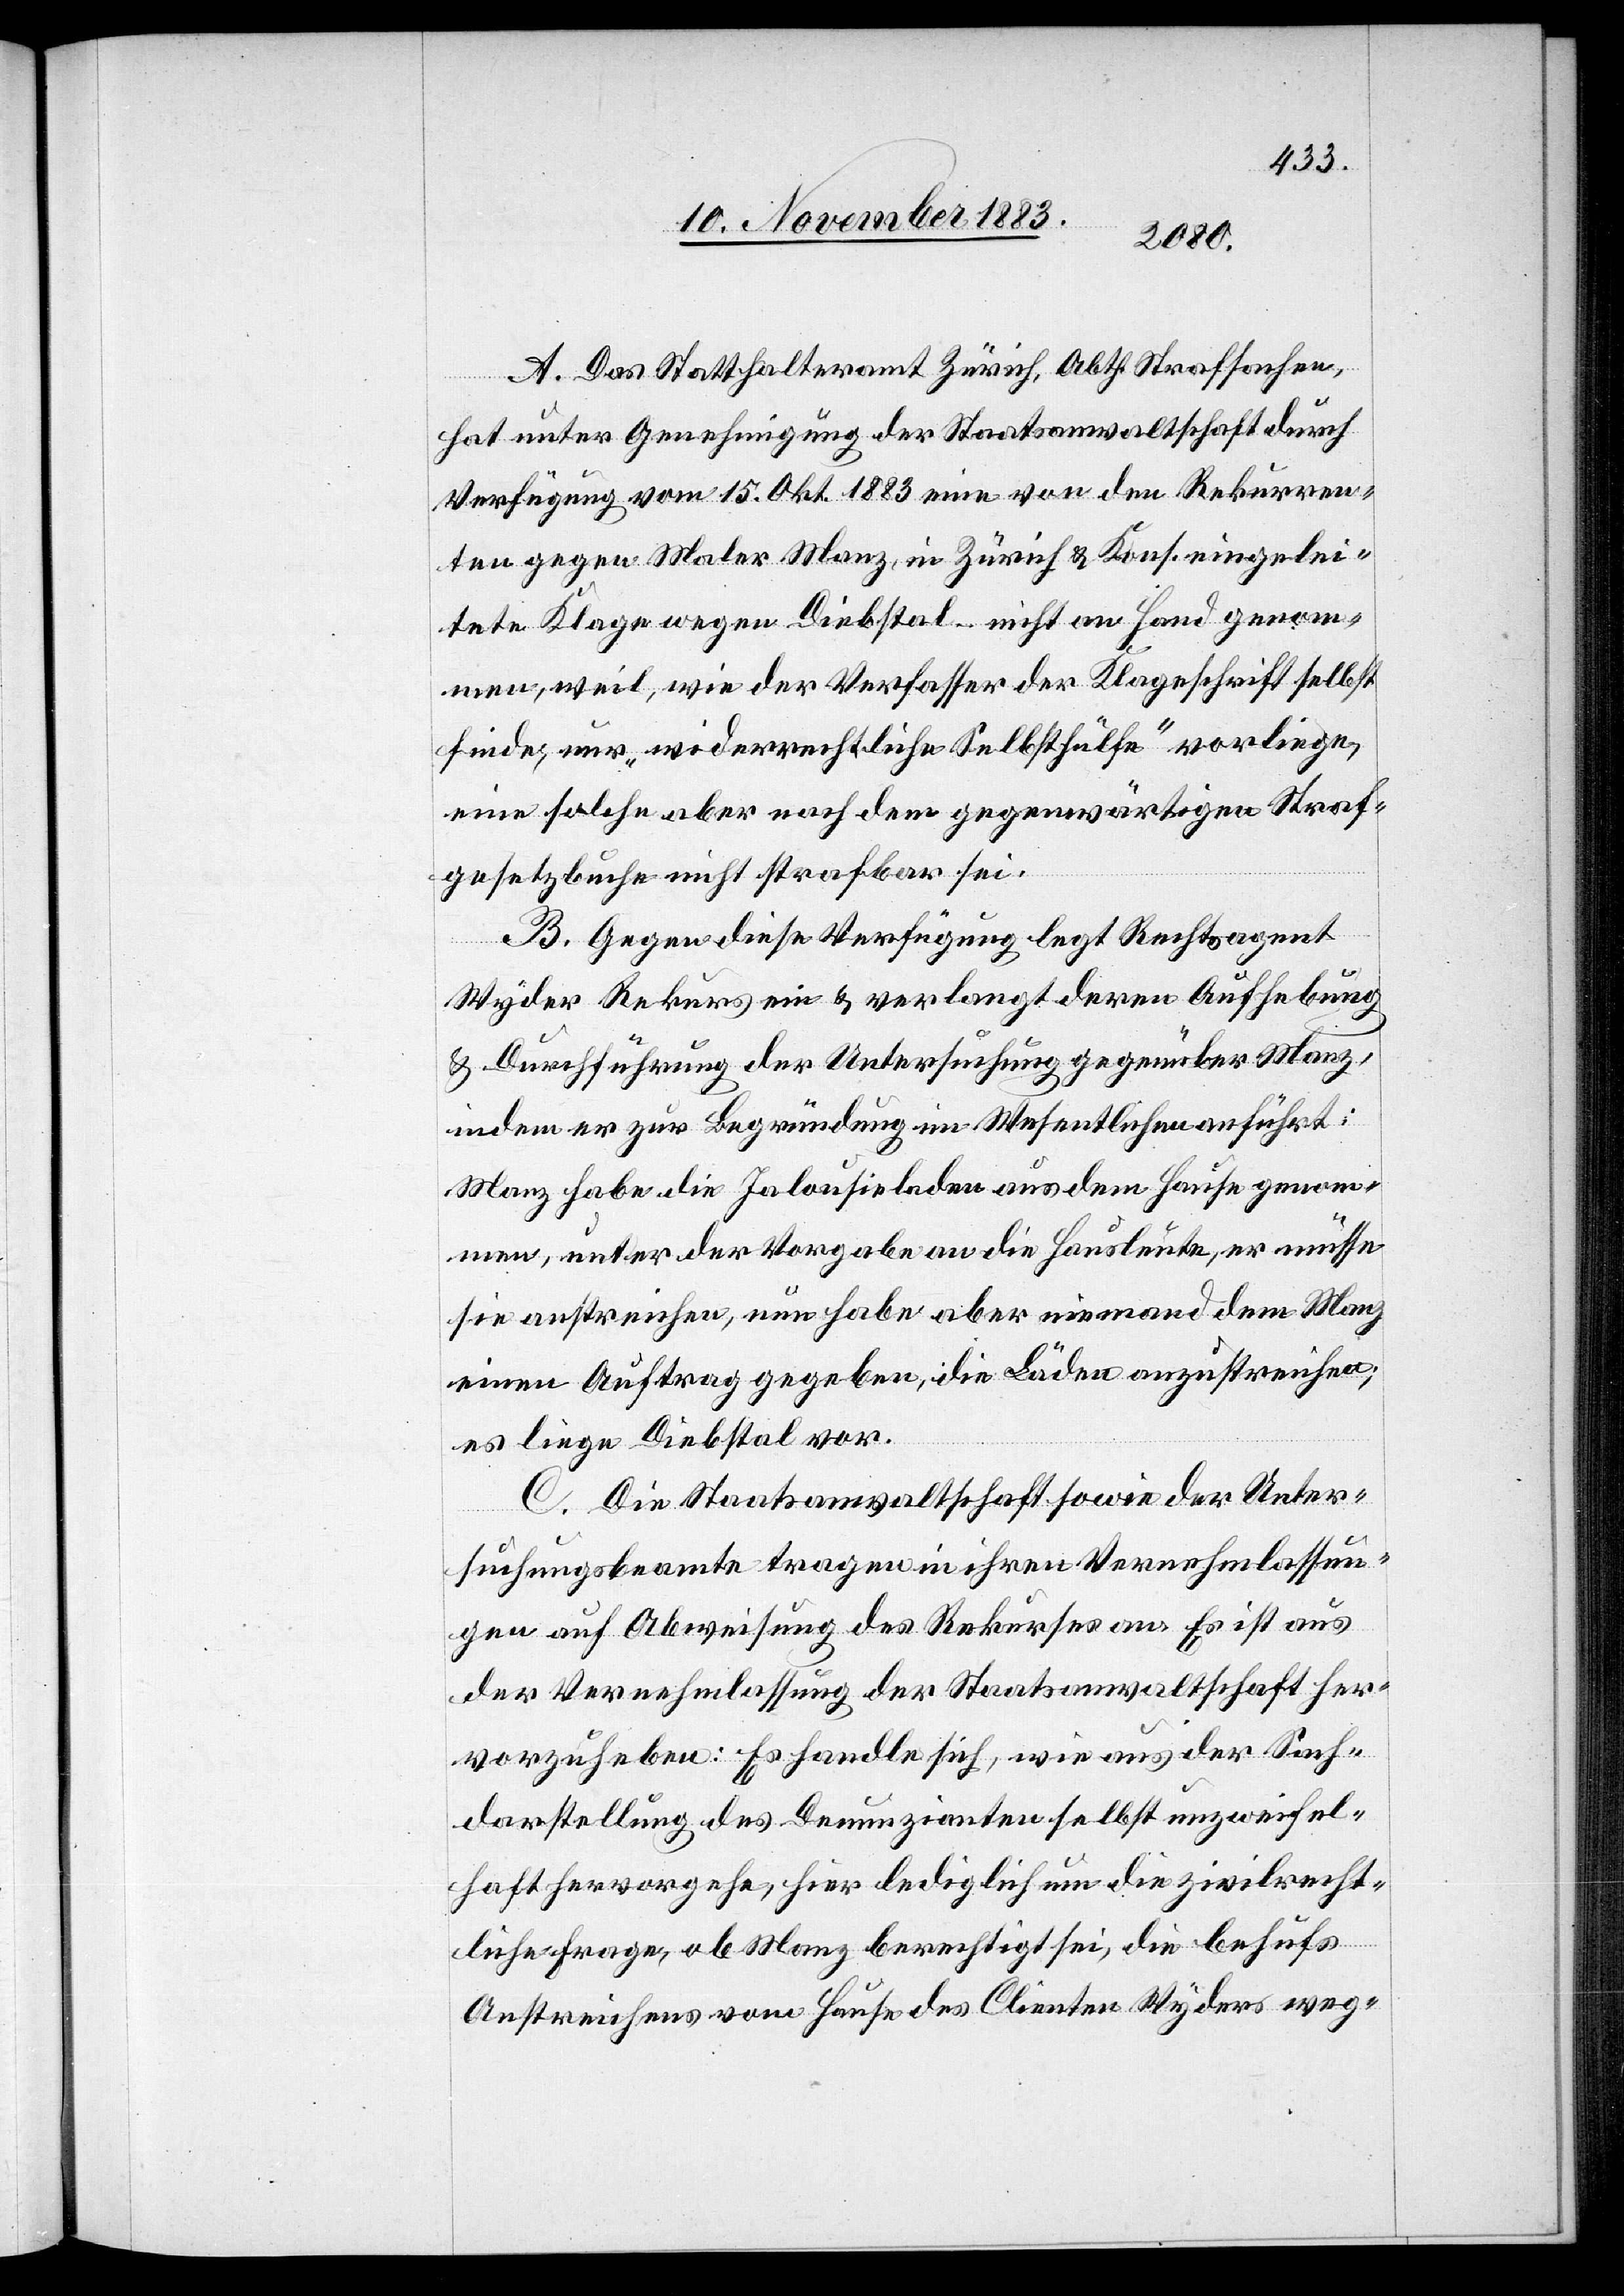
A. Das Statthalteramt Zürich, Abth. Strafsachen,
hat unter Genehmigung der Staatsanwaltschaft durch
Verfügung vom 15. Okt. 1883 eine von den Rekurren¬
ten gegen Maler Manz, in Zürich & Kons. eingelei¬
tete Klage wegen Diebstal – nicht an Hand genom¬
men, weil, wie der Verfasser der Klageschrift selbst
finde, nur „widerrechtliche Selbsthülfe“ vorliege,
eine solche aber nach dem gegenwärtigen Straf¬
gesetzbuche nicht strafbar sei.
B. Gegen diese Verfügung legt Rechtsagent
Wyder Rekurs ein & verlangt deren Aufhebung
& Durchführung der Untersuchung gegenüber Manz,
indem er zur Begründung im Wesentlichen anführt:
Manz habe die Jalousieladen aus dem Hause genom¬
men, unter der Vorgabe an die Hausleute, er müsse
sie anstreichen, nun habe aber niemand dem Manz
einen Auftrag gegeben, die Läden anzustreichen;
es liege Diebstal vor.
C. Die Staatsanwaltschaft sowie der Unter¬
suchungsbeamte tragen in ihren Vernehmlassun¬
gen auf Abweisung des Rekurses an. Es ist aus
der Vernehmlassung der Staatsanwaltschaft her¬
vorzuheben: Es handle sich, wie aus der Sach¬
darstellung des Denunzianten selbst unzweifel¬
haft hervorgehe, hier lediglich um die zivilrecht¬
liche Frage, ob Manz berechtigt sei, die behufs
Anstreichens vom Hause des Clienten Wyders weg-